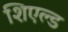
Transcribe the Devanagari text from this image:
शिएल्ड